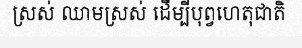
ស្រស់ ឈាមស្រស់ ដើម្បីបុព្វហេតុជាតិ